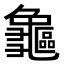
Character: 𪛃